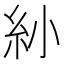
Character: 𥾗